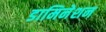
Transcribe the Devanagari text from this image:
डामिनेशन